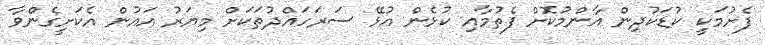
ފެށުމަކީ ކުޑަކުދިން އާންމުކޮށް ފެތުމާއި ކުޅެން އުޅޭ ސަރަހައްދުތަކަށް މިޔަރު އައުން އެކަށީގެންވާ